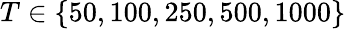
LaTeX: T\in\{ 50,100,250,500,1000\}